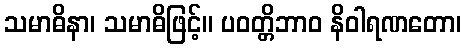
သမာဓိနာ၊ သမာဓိဖြင့်။ ပဝတ္တိဘာဝ နိဝါရဏတော၊